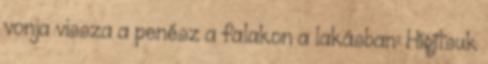
vonja vissza a penész a falakon a lakásban: Hígítsuk